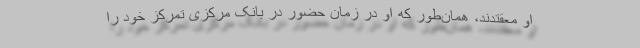
او معقتدند، همان‌طور که او در زمان حضور در بانک مرکزی تمرکز خود را